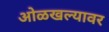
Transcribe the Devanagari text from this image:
ओळखल्यावर